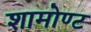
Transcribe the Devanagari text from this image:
शामोण्ट